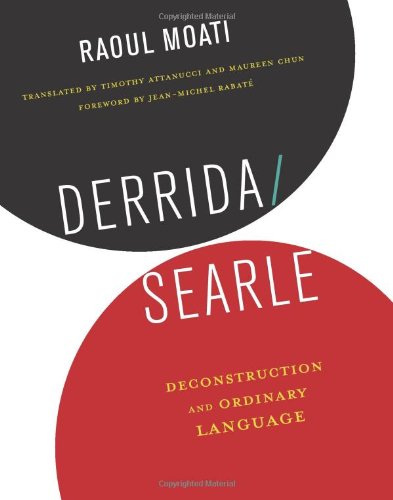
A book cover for Derrida/Searle: Deconstruction and Ordinary Language; Raoul Moati; Politics & Social Sciences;